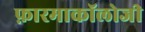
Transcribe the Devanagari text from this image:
फ़ारमाकॉलोजी